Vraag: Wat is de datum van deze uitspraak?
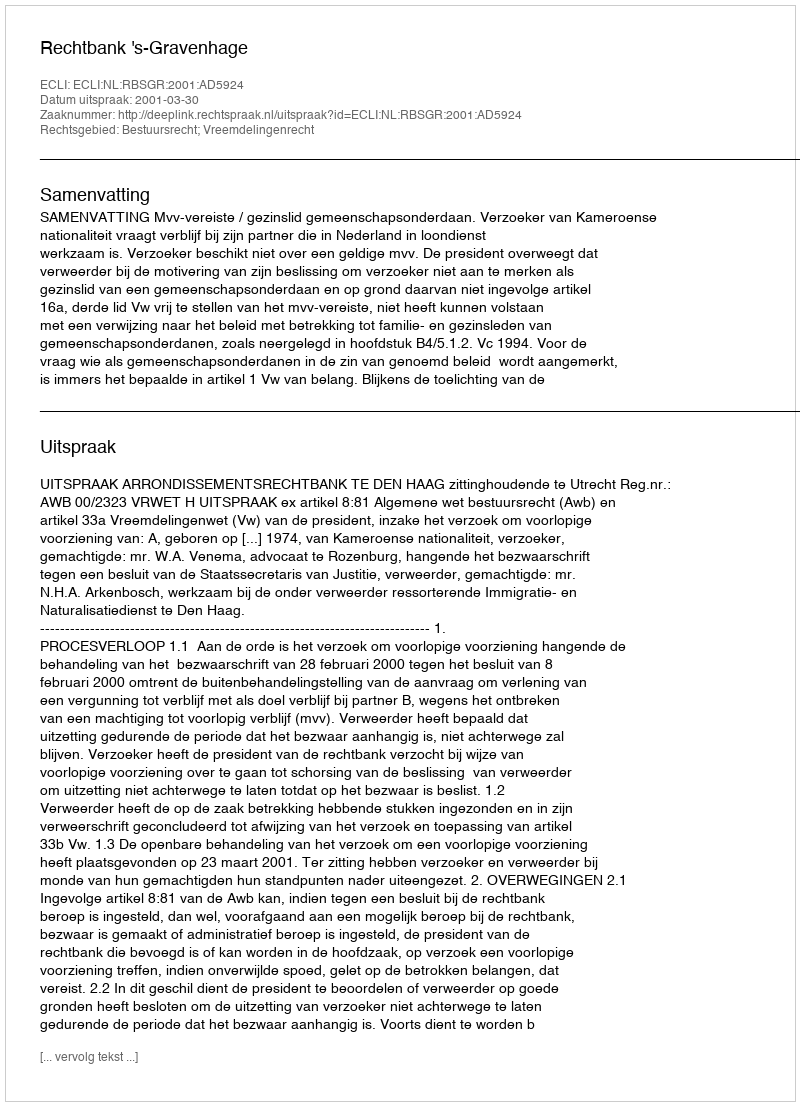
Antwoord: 2001-03-30